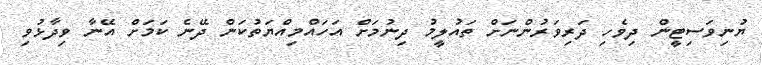
ޔުނިވަސިޓީން ދިވެހި ދަރިވަރުންނަށް ތައުލީމު ދިނުމަށް އަހައްމިއްޔަތުކަން ދޭނެ ކަމަށް އޭނާ ވިދާޅުވި